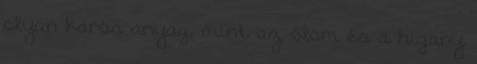
olyan káros anyag, mint az ólom és a higany